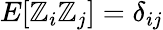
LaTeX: E[\mathbb{Z}_{i}\mathbb{Z}_{j}]=\delta_{ij}